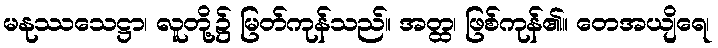
မနုဿသေဋ္ဌာ၊ လူတို့၌ မြတ်ကုန်သည်။ အတ္ထ၊ ဖြစ်ကုန်၏။ တေအယျိရေ၊